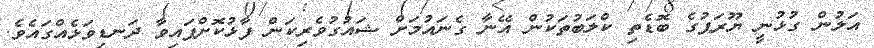
އަލުން ގުޅުނީ ޔޫރަޕުގެ ބޮޑެތި ކްލަބުތަކުން އޭނާ ގެނައުމަށް ޝައުގުވެރިކަން ފާޅުކޮށްފައިވާ ދަނޑިވަޅެއްގައެވެ.